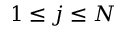
1 \le j \le N